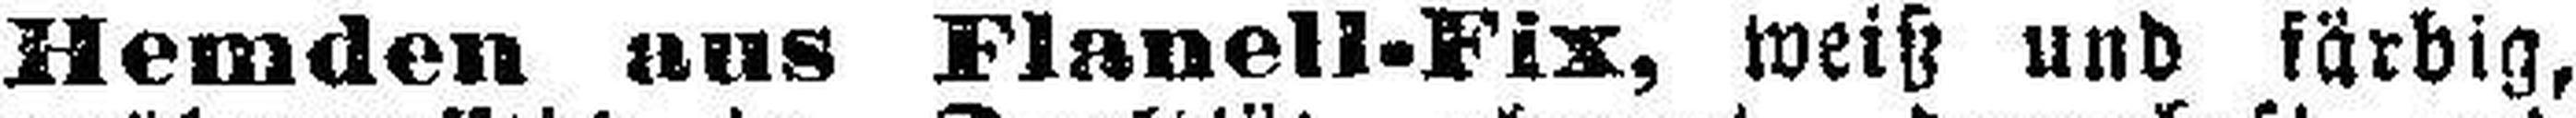
Hemden aus Flanell-Fix, weiß und färbig,